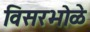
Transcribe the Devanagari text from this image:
विसरभोळे